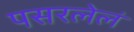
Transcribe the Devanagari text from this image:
पसरलेलं